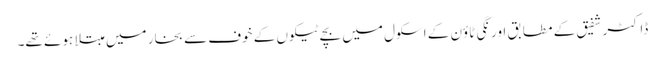
ڈاکٹر شفیق کے مطابق اورنگی ٹاؤن کے اسکول میں بچے ٹیکوں کے خوف سے بخار میں مبتلا ہوئے تھے۔